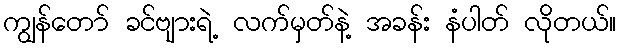
ကျွန်တော် ခင်ဗျားရဲ့ လက်မှတ်နဲ့ အခန်း နံပါတ် လိုတယ်။